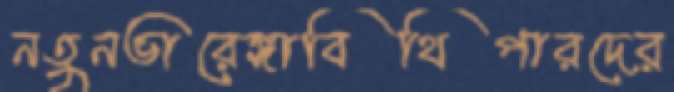
নতুনভারেঙ্গাবিথিপারদের